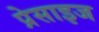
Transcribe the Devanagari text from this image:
प्रेसाइज